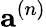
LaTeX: \mathbf{a}^{(n)}